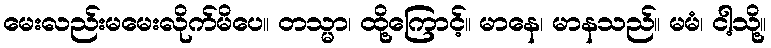
မေးလည်းမမေးလိုက်မိပေ။ တသ္မာ၊ ထို့ကြောင့်။ မာနေ၊ မာနသည်။ မမံ၊ ငါ့သို့။